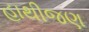
હાથીજણ